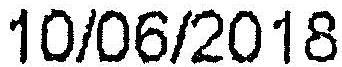
10/06/2018